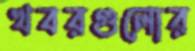
খবরগুলোর